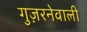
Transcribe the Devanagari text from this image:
गुज़रनेवाली